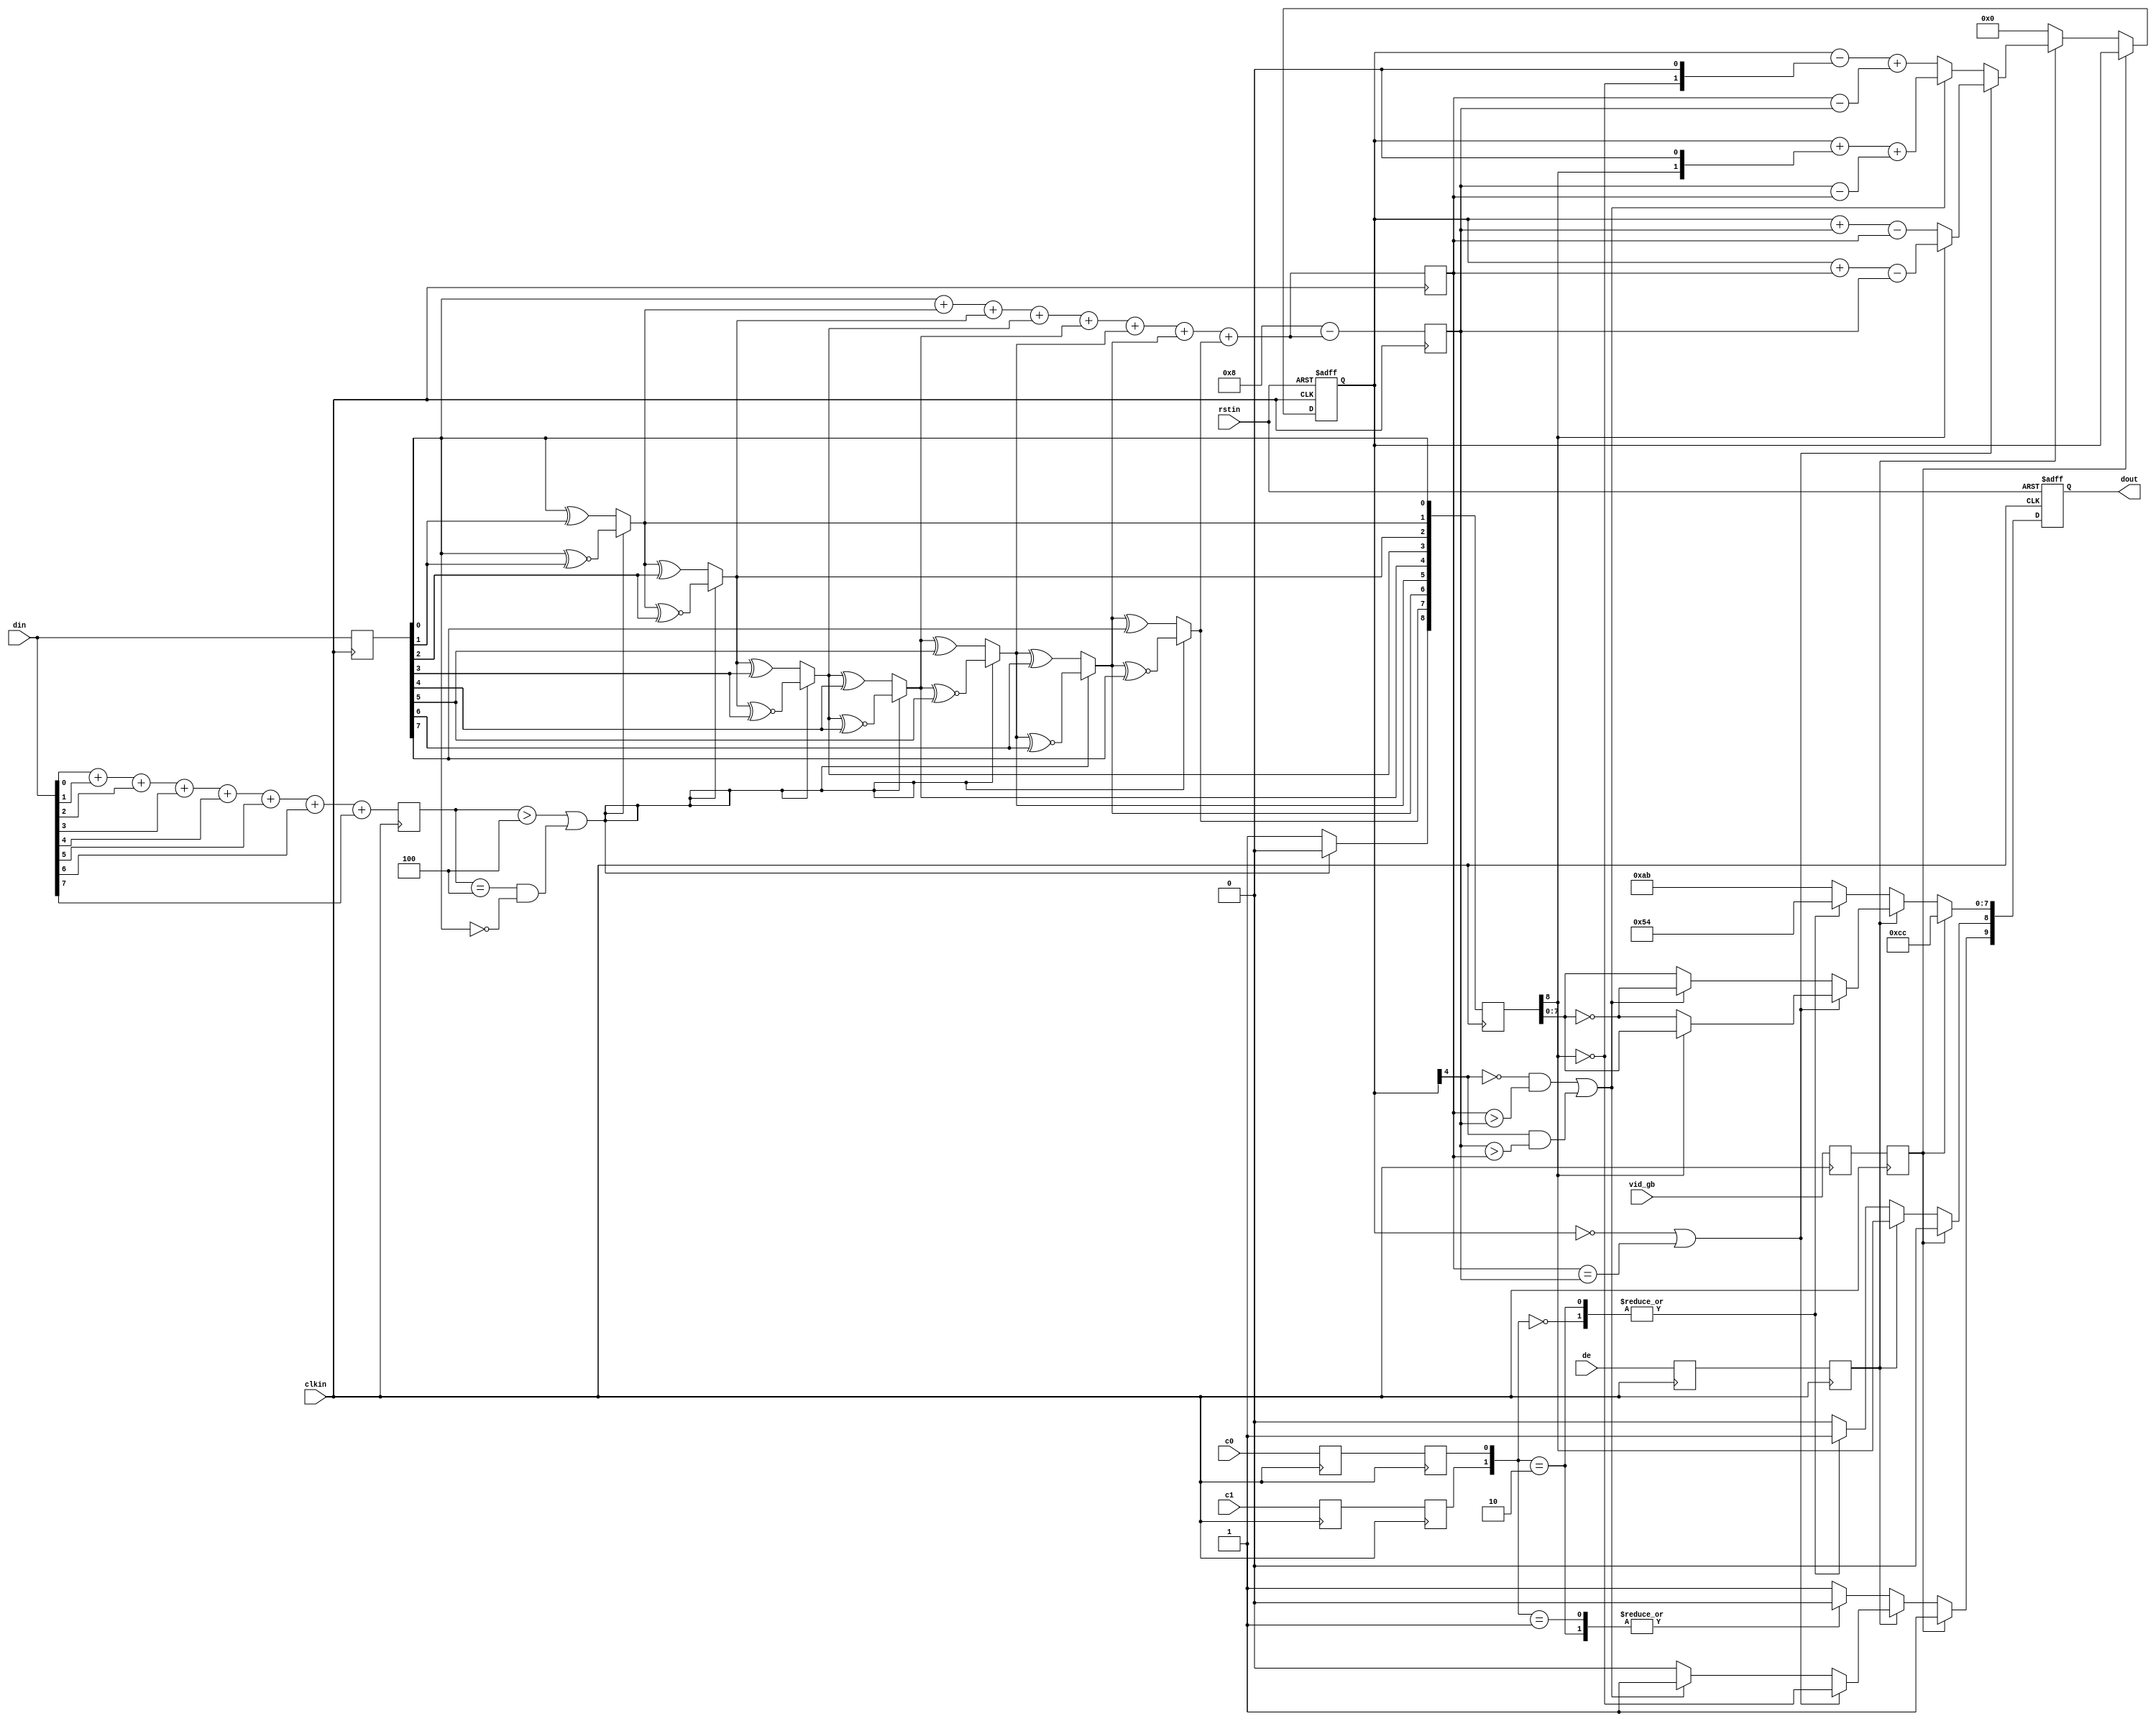
//////////////////////////////////////////////////////////////////////////////
//
//  Xilinx, Inc. 2008                 www.xilinx.com
//
//////////////////////////////////////////////////////////////////////////////
//
//
//  Description :     TMDS encoder  
//
//  Date - revision : Jan. 2008 - v 1.0
//
//
//  Disclaimer: LIMITED WARRANTY AND DISCLAMER. These designs are
//              provided to you "as is". Xilinx and its licensors make and you
//              receive no warranties or conditions, express, implied,
//              statutory or otherwise, and Xilinx specifically disclaims any
//              implied warranties of merchantability, non-infringement,or
//              fitness for a particular purpose. Xilinx does not warrant that
//              the functions contained in these designs will meet your
//              requirements, or that the operation of these designs will be
//              uninterrupted or error free, or that defects in the Designs
//              will be corrected. Furthermore, Xilinx does not warrantor
//              make any representations regarding use or the results of the
//              use of the designs in terms of correctness, accuracy,
//              reliability, or otherwise.
//
//              LIMITATION OF LIABILITY. In no event will Xilinx or its
//              licensors be liable for any loss of data, lost profits,cost
//              or procurement of substitute goods or services, or for any
//              special, incidental, consequential, or indirect damages
//              arising from the use or operation of the designs or
//              accompanying documentation, however caused and on any theory
//              of liability. This limitation will apply even if Xilinx
//              has been advised of the possibility of such damage. This
//              limitation shall apply not-withstanding the failure of the
//              essential purpose of any limited remedies herein.
//
//  Copyright  2006 Xilinx, Inc.
//  All rights reserved
//
//////////////////////////////////////////////////////////////////////////////  
// Modifications copyright (c) 2011, Andrew "bunnie" Huang
// All rights reserved as permitted by law.
//
// Redistribution and use in source and binary forms, with or without modification, 
// are permitted provided that the following conditions are met:
//
//  * Redistributions of source code must retain the above copyright notice, 
//    this list of conditions and the following disclaimer.
//  * Redistributions in binary form must reproduce the above copyright notice, 
//    this list of conditions and the following disclaimer in the documentation and/or 
//    other materials provided with the distribution.
//
//    THIS SOFTWARE IS PROVIDED BY THE COPYRIGHT HOLDERS AND CONTRIBUTORS "AS IS" AND ANY 
//    EXPRESS OR IMPLIED WARRANTIES, INCLUDING, BUT NOT LIMITED TO, THE IMPLIED WARRANTIES 
//    OF MERCHANTABILITY AND FITNESS FOR A PARTICULAR PURPOSE ARE DISCLAIMED. IN NO EVENT 
//    SHALL THE COPYRIGHT HOLDER OR CONTRIBUTORS BE LIABLE FOR ANY DIRECT, INDIRECT, 
//    INCIDENTAL, SPECIAL, EXEMPLARY, OR CONSEQUENTIAL DAMAGES (INCLUDING, BUT NOT 
//    LIMITED TO, PROCUREMENT OF SUBSTITUTE GOODS OR SERVICES; LOSS OF USE, DATA, OR 
//    PROFITS; OR BUSINESS INTERRUPTION) HOWEVER CAUSED AND ON ANY THEORY OF LIABILITY, 
//    WHETHER IN CONTRACT, STRICT LIABILITY, OR TORT (INCLUDING NEGLIGENCE OR OTHERWISE) 
//    ARISING IN ANY WAY OUT OF THE USE OF THIS SOFTWARE, EVEN IF ADVISED OF THE 
//    POSSIBILITY OF SUCH DAMAGE.
//
//////////////////////////////////////////////////////////////////////////////
`timescale 1 ps / 1ps

module encodeb (
  input            clkin,    // pixel clock input
  input            rstin,    // async. reset input (active high)
  input      [7:0] din,      // data inputs: expect registered
  input            c0,       // c0 input
  input            c1,       // c1 input
  input            de,       // de input
  output reg [9:0] dout,     // data outputs
  input            vid_gb    // video preamble encoding select
);

  ////////////////////////////////////////////////////////////
  // Counting number of 1s and 0s for each incoming pixel
  // component. Pipe line the result.
  // Register Data Input so it matches the pipe lined adder
  // output
  ////////////////////////////////////////////////////////////
  reg [3:0] n1d; //number of 1s in din
  reg [7:0] din_q;

  always @ (posedge clkin) begin
    n1d <=#1 din[0] + din[1] + din[2] + din[3] + din[4] + din[5] + din[6] + din[7];

    din_q <=#1 din;
  end

  ///////////////////////////////////////////////////////
  // Stage 1: 8 bit -> 9 bit
  // Refer to DVI 1.0 Specification, page 29, Figure 3-5
  ///////////////////////////////////////////////////////
  wire decision1;

  assign decision1 = (n1d > 4'h4) | ((n1d == 4'h4) & (din_q[0] == 1'b0));
/*
  reg [8:0] q_m;
  always @ (posedge clkin) begin
    q_m[0] <=#1 din_q[0];
    q_m[1] <=#1 (decision1) ? (q_m[0] ^~ din_q[1]) : (q_m[0] ^ din_q[1]);
    q_m[2] <=#1 (decision1) ? (q_m[1] ^~ din_q[2]) : (q_m[1] ^ din_q[2]);
    q_m[3] <=#1 (decision1) ? (q_m[2] ^~ din_q[3]) : (q_m[2] ^ din_q[3]);
    q_m[4] <=#1 (decision1) ? (q_m[3] ^~ din_q[4]) : (q_m[3] ^ din_q[4]);
    q_m[5] <=#1 (decision1) ? (q_m[4] ^~ din_q[5]) : (q_m[4] ^ din_q[5]);
    q_m[6] <=#1 (decision1) ? (q_m[5] ^~ din_q[6]) : (q_m[5] ^ din_q[6]);
    q_m[7] <=#1 (decision1) ? (q_m[6] ^~ din_q[7]) : (q_m[6] ^ din_q[7]);
    q_m[8] <=#1 (decision1) ? 1'b0 : 1'b1;
  end
*/
  wire [8:0] q_m;
  assign q_m[0] = din_q[0];
  assign q_m[1] = (decision1) ? (q_m[0] ^~ din_q[1]) : (q_m[0] ^ din_q[1]);
  assign q_m[2] = (decision1) ? (q_m[1] ^~ din_q[2]) : (q_m[1] ^ din_q[2]);
  assign q_m[3] = (decision1) ? (q_m[2] ^~ din_q[3]) : (q_m[2] ^ din_q[3]);
  assign q_m[4] = (decision1) ? (q_m[3] ^~ din_q[4]) : (q_m[3] ^ din_q[4]);
  assign q_m[5] = (decision1) ? (q_m[4] ^~ din_q[5]) : (q_m[4] ^ din_q[5]);
  assign q_m[6] = (decision1) ? (q_m[5] ^~ din_q[6]) : (q_m[5] ^ din_q[6]);
  assign q_m[7] = (decision1) ? (q_m[6] ^~ din_q[7]) : (q_m[6] ^ din_q[7]);
  assign q_m[8] = (decision1) ? 1'b0 : 1'b1;

  /////////////////////////////////////////////////////////
  // Stage 2: 9 bit -> 10 bit
  // Refer to DVI 1.0 Specification, page 29, Figure 3-5
  /////////////////////////////////////////////////////////
  reg [3:0] n1q_m, n0q_m; // number of 1s and 0s for q_m
  always @ (posedge clkin) begin
    n1q_m  <=#1 q_m[0] + q_m[1] + q_m[2] + q_m[3] + q_m[4] + q_m[5] + q_m[6] + q_m[7];
    n0q_m  <=#1 4'h8 - (q_m[0] + q_m[1] + q_m[2] + q_m[3] + q_m[4] + q_m[5] + q_m[6] + q_m[7]);
  end

  parameter CTRLTOKEN0 = 10'b1101010100;
  parameter CTRLTOKEN1 = 10'b0010101011;
  parameter CTRLTOKEN2 = 10'b0101010100;
  parameter CTRLTOKEN3 = 10'b1010101011;

   parameter CTLBLUGB = 10'b1011001100;
   parameter CTLGRNGB = 10'b0100110011;
   parameter CTLREDGB = 10'b1011001100;

  reg [4:0] cnt; //disparity counter, MSB is the sign bit
  wire decision2, decision3;

  assign decision2 = (cnt == 5'h0) | (n1q_m == n0q_m);
  /////////////////////////////////////////////////////////////////////////
  // [(cnt > 0) and (N1q_m > N0q_m)] or [(cnt < 0) and (N0q_m > N1q_m)]
  /////////////////////////////////////////////////////////////////////////
  assign decision3 = (~cnt[4] & (n1q_m > n0q_m)) | (cnt[4] & (n0q_m > n1q_m));

  ////////////////////////////////////
  // pipe line alignment
  ////////////////////////////////////
  reg       de_q, de_reg;
  reg       c0_q, c1_q;
  reg       c0_reg, c1_reg;
  reg [8:0] q_m_reg;
  reg 	    vid_gb_q, vid_gb_reg;
   

  always @ (posedge clkin) begin
    de_q    <=#1 de;
    de_reg  <=#1 de_q;
    
    c0_q    <=#1 c0;
    c0_reg  <=#1 c0_q;
    c1_q    <=#1 c1;
    c1_reg  <=#1 c1_q;

    q_m_reg <=#1 q_m;

     vid_gb_q <=#1 vid_gb;
     vid_gb_reg <=#1 vid_gb_q;
  end

  ///////////////////////////////
  // 10-bit out
  // disparity counter
  ///////////////////////////////
   always @ (posedge clkin or posedge rstin) begin
      if(rstin) begin
	 dout <= 10'h0;
	 cnt <= 5'h0;
      end else begin
	 if(vid_gb_reg) begin
	     // video preamble coding
	    dout[9:0] <= CTLBLUGB;
	 end else begin
	    if (de_reg) begin
               if(decision2) begin
		  dout[9]   <=#1 ~q_m_reg[8]; 
		  dout[8]   <=#1 q_m_reg[8]; 
		  dout[7:0] <=#1 (q_m_reg[8]) ? q_m_reg[7:0] : ~q_m_reg[7:0];
		  
		  cnt <=#1 (~q_m_reg[8]) ? (cnt + n0q_m - n1q_m) : (cnt + n1q_m - n0q_m);
               end else begin
		  if(decision3) begin
		     dout[9]   <=#1 1'b1;
		     dout[8]   <=#1 q_m_reg[8];
		     dout[7:0] <=#1 ~q_m_reg[7:0];
		     
		     cnt <=#1 cnt + {q_m_reg[8], 1'b0} + (n0q_m - n1q_m);
		  end else begin
		     dout[9]   <=#1 1'b0;
		     dout[8]   <=#1 q_m_reg[8];
		     dout[7:0] <=#1 q_m_reg[7:0];
		     
		     cnt <=#1 cnt - {~q_m_reg[8], 1'b0} + (n1q_m - n0q_m);
		  end
               end
	    end else begin
               case ({c1_reg, c0_reg})
		 2'b00:   dout <=#1 CTRLTOKEN0;
		 2'b01:   dout <=#1 CTRLTOKEN1;
		 2'b10:   dout <=#1 CTRLTOKEN2;
		 default: dout <=#1 CTRLTOKEN3;
               endcase
	       
               cnt <=#1 5'h0;
	    end // else: !if(de_reg)
	 end // if (vid_gb)
      end // else: !if(rstin)
   end // always @ (posedge clkin or posedge rstin)
   
   
endmodule